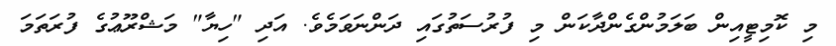
މި ކޮމިޓީއިން ބަލަމުންގެންދާކަން މި ފުރުސަތުގައި ދަންނަވަމެވެ. އަދި "ހިޔާ" މަޝްރޫޢުގެ ފުރަތަމަ